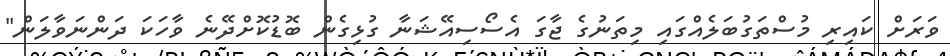
ވަރަށް ކައިރި މުސްތަގުބަލެއްގައި މިތަނުގެ ޖާގަ އެސޯސިއޭޝަނާ ގުޅިގެން ބޮޑުކޮށްދޭނެ ވާހަކަ ދަންނަވާލަން"